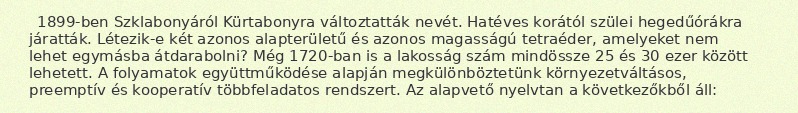
1899-ben Szklabonyáról Kürtabonyra változtatták nevét. Hatéves korától szülei hegedűórákra járatták. Létezik-e két azonos alapterületű és azonos magasságú tetraéder, amelyeket nem lehet egymásba átdarabolni? Még 1720-ban is a lakosság szám mindössze 25 és 30 ezer között lehetett. A folyamatok együttműködése alapján megkülönböztetünk környezetváltásos, preemptív és kooperatív többfeladatos rendszert. Az alapvető nyelvtan a következőkből áll: